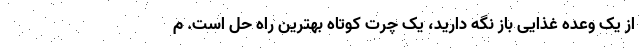
از یک وعده غذایی باز نگه دارید، یک چرت کوتاه بهترین راه حل است. م